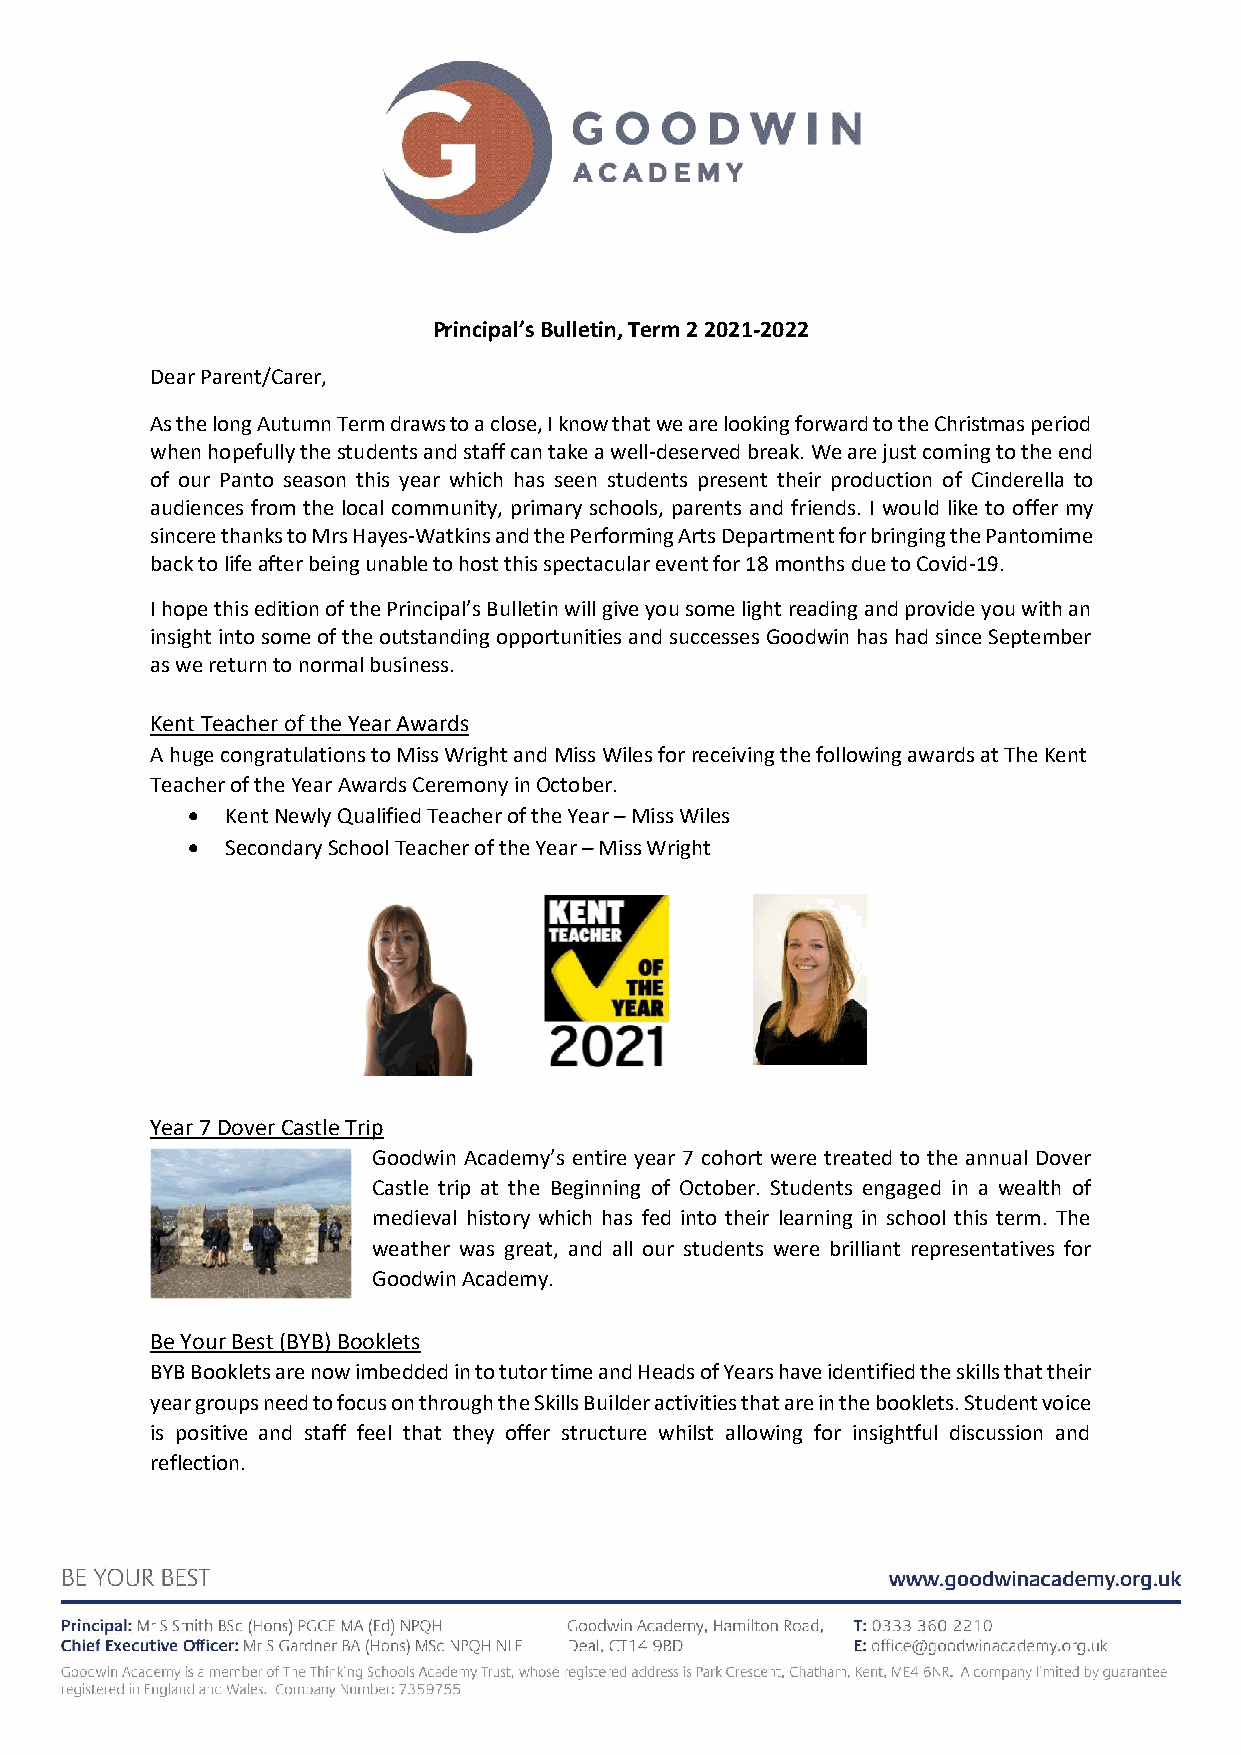
Principal’s Bulletin, Term 2 2021-2022
 Dear Parent/Carer,
 As the long Autumn Term draws to a close, I know that we are looking forward to the Christmas period
 when hopefully the students and staff can take a well-deserved break. We are just coming to the end
 of our Panto season this year which has seen students present their production of Cinderella to
 audiences from the local community, primary schools, parents and friends. I would like to offer my
 sincere thanks to Mrs Hayes-Watkins and the Performing Arts Department for bringing the Pantomime
 back to life after being unable to host this spectacular event for 18 months due to Covid-19.
 I hope this edition of the Principal’s Bulletin will give you some light reading and provide you with an
 insight into some of the outstanding opportunities and successes Goodwin has had since September
 as we return to normal business.
 Kent Teacher of the Year Awards
 A huge congratulations to Miss Wright and Miss Wiles for receiving the following awards at The Kent
 Teacher of the Year Awards Ceremony in October.
 •  Kent Newly Qualified Teacher of the Year – Miss Wiles
 •  Secondary School Teacher of the Year – Miss Wright
 Year 7 Dover Castle Trip
 Goodwin Academy’s entire year 7 cohort were treated to the annual Dover
 Castle trip at the Beginning of October. Students engaged in a wealth of
 medieval history which has fed into their learning in school this term. The
 weather was great, and all our students were brilliant representatives for
 Goodwin Academy.
 Be Your Best (BYB) Booklets
 BYB Booklets are now imbedded in to tutor time and Heads of Years have identified the skills that their
 year groups need to focus on through the Skills Builder activities that are in the booklets. Student voice
 is positive and staff feel that they offer structure whilst allowing for insightful discussion and
 reflection.